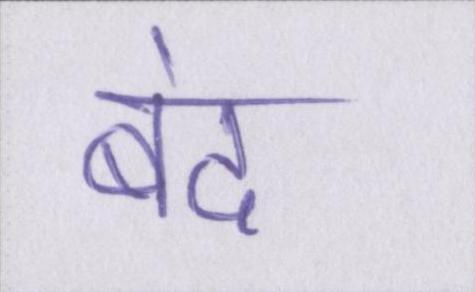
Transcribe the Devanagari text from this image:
बंद